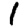
Digit: 1